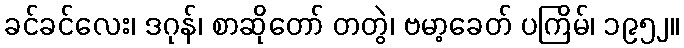
ခင်ခင်လေး၊ ဒဂုန်၊ စာဆိုတော် တတွဲ၊ ဗမာ့ခေတ် ပကြိမ်၊ ၁၉၅၂။